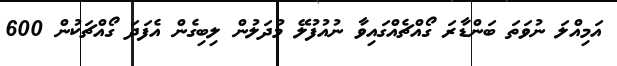
އަމިއްލަ ނުވަތަ ބަންޑާރަ ގޯއްޗެއްގައިވާ ނުއުފުލޭ މުދަލުން ލިބިގެން އެފަދަ ގޯއްޗަކުން 600